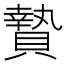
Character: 贄